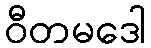
ဝီတမဒေါ